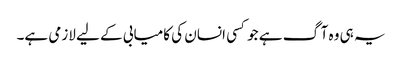
یہ ہی وہ آگ ہے جو کسی انسان کی کامیابی کے لیے لازمی ہے۔